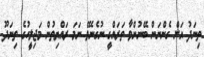
ތިނަދު އަށް ގެންނަން ބޭނުންވާ ތަރައްގީ ނުގެނެވޭ ނަމަ ރައްޔިތުން މަޖިލީހުގެ ތިނަދޫ